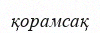
қорамсақ